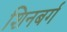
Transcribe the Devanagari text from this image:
शिनबर्ग